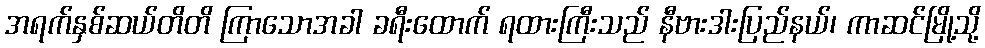
အရက်နှစ်ဆယ်တိတိ ကြာသောအခါ ခရီးထောက် ရထားကြီးသည် နီဗားဒါးပြည်နယ်၊ ကာဆင်မြို့သို့